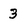
Character: 3